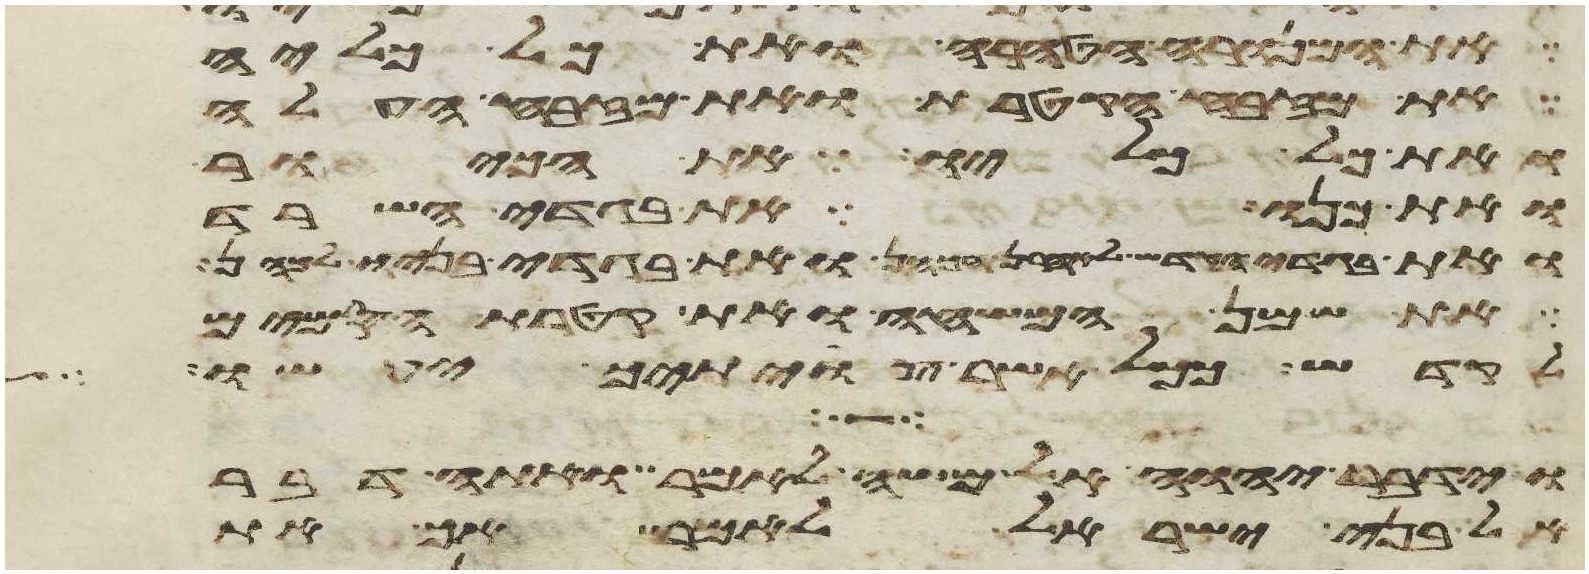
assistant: את המנורה הטהרה ואת כל כליה
את מזבח הקטרת ואת מזבח העלה
ואת כל כליו את הכיור
ואת כנו את בגדי השרד
ואת בגדי הקדש לאהרן הכהן ואת בגדי בניו לכהן
את שמן המשחה ואת קטרת הסמים
לקדש ככל אשר צויתיך יעשו
וידבר יהוה אל משה לאמר ואתה דבר
אל בני ישראל לאמר אך את